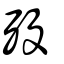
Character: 歿